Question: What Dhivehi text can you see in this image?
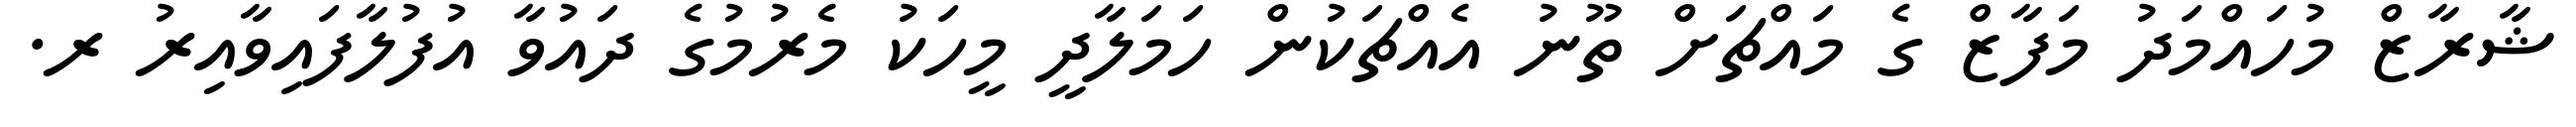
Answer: ޝާރާޒް މުހައްމަދު މަފާޒް ގެ މައްޗަށް ތޫނު އެއްޗަކުން ހަމަލާދީ މީހަކު މެރުމުގެ ދައުވާ އުފުލާފައިވާއިރު ރ.